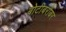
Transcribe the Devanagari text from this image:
बोटीबरोबर